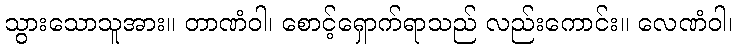
သွားသောသူအား။ တာဏံဝါ၊ စောင့်ရှောက်ရာသည် လည်းကောင်း။ လေဏံဝါ၊